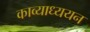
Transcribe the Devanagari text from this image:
काव्याध्ययन